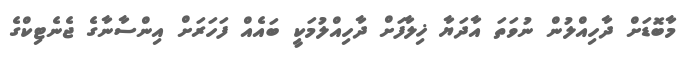
މާބޮޑަށް ދާހިއްލުން ނުވަތަ އާދަޔާ ޚިލާފަށް ދާހިއްލުމަކީ ބައެއް ފަހަރަށް އިންސާނާގެ ޖެނެޓިކްގެ